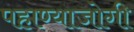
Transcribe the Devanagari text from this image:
पहाण्याजोगी